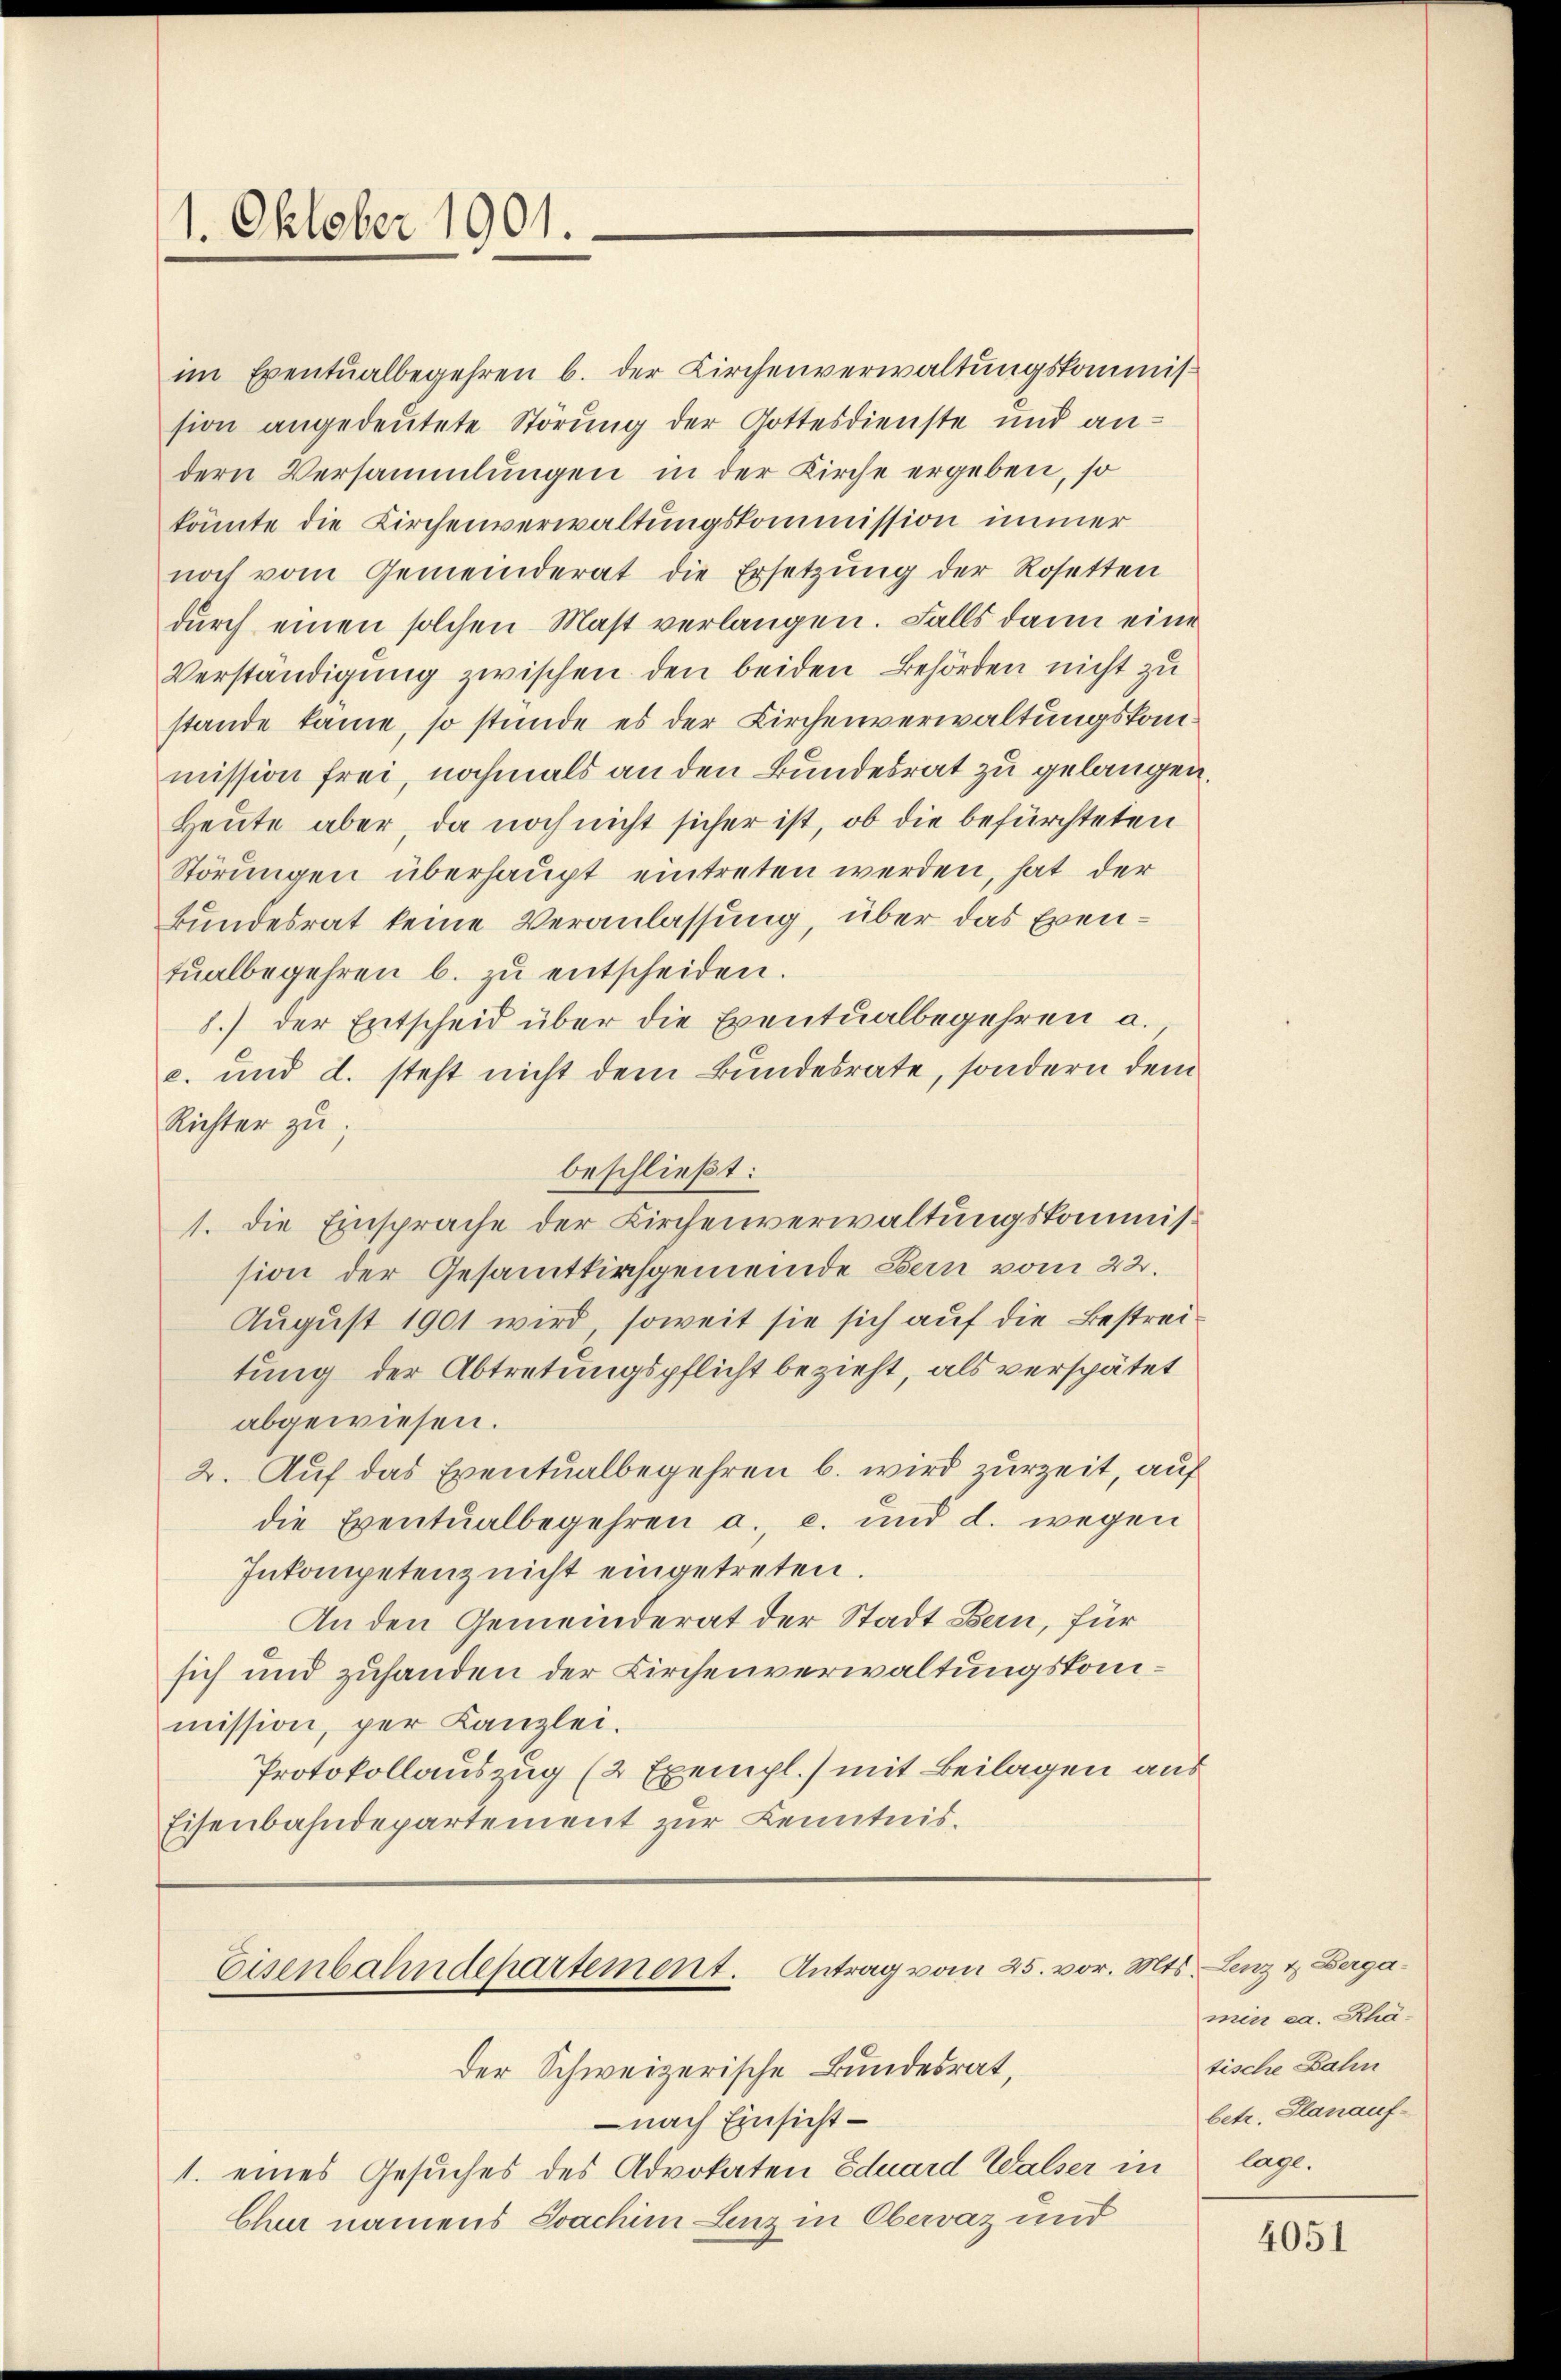
1. Oktober 1901.

im Eventualbegehren b. der Kirchenverwaltungskommission angedeutete Störung der Gottesdienste und an-
dern Versammlungen in der Kirche ergeben, so
könnte die Kirchenverwaltungskommission immer
noch vom Gemeinderat die Ersetzung der Rosetten
durch einen solchen Mast verlangen. Falls dann eine
Verständigung zwischen den beiden Behörden nicht zu
stande käme, so stunde es der Kirchenverwaltungskommission frei, nochmals an den Bundesrat zu gelangen.
Heute aber, da noch nicht sicher ist, ob die befürchteten
Störungen überhaupt eintreten werden, hat der
Bundesrat keine Veranlassung, über das Eventŭalbegehren b. zŭ entscheiden.
8.) Der Entscheid über die Eventualbegehren a.
c. und d. steht nicht dem Bundesrate, sondern dem
Richter zu
beschließt:
1. die Einsprache der Kirchenverwaltungskommission der Gesammtkirchgemeinde Bern vom 22.
August 1901 wird, soweit sie sich auf die Bestreitung der Abtretungspflicht bezieht, als verspätet
abgewiesen.
2. Auf das Eventualbegehren b. wird zurzeit, auf
die Eventualbegehren a. c. und d. wegen
Inkompetenz nicht eingetreten.
An den Gemeinderat der Stadt Bern, für
sich und zuhanden der Kirchenverwaltungskommission, per Kanzlei.
Protokollauszug (2 Exempl.) mit Beilagen aus
Eisenbahndepartement zur Kenntnis.

Eisenbahndepartement. Antrag vom 25. vor. Mt.

Der Schweizerische Bundesrat,
nach Einsicht –
1. eines Gesuches des Advokaten Eduard Walser in
Chur namens Joachim Lenz in Obervaz und

Lenz & Berga¬
.
men ca. Rhätische Bahn
betr. Planauf-
lage.

4051